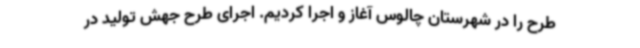
طرح را در شهرستان چالوس آغاز و اجرا کردیم. اجرای طرح جهش تولید در